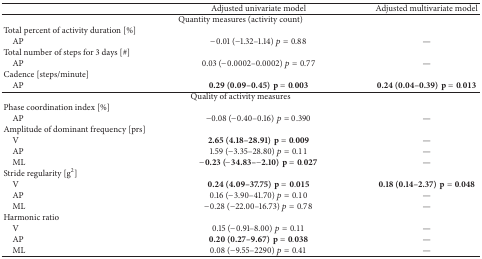
|  | Adjusted univariate model | Adjusted multivariate model |
 | --- | --- | --- |
 | <COLSPAN=3> Quantity measures (activity count) |
 | Total percent of activity duration [%] |  |  |
 | AP | −0.01 (−1.32–1.14) p = 0.88 | — |
 | Total number of steps for 3 days [#] |  |  |
 | AP | 0.03 (−0.0002–0.0002) p = 0.77 | — |
 | Cadence [steps/minute] |  |  |
 | AP | 0.29 (0.09–0.45)p = 0.003 | 0.24 (0.04–0.39)p = 0.013 |
 | <COLSPAN=3> Quality of activity measures |
 | Phase coordination index [%] |  |  |
 | AP | −0.08 (−0.40–0.16) p = 0.390 | — |
 | Amplitude of dominant frequency [prs] |  |  |
 | V | 2.65 (4.18–28.91)p = 0.009 | — |
 | AP | 1.59 (−3.35–28.80) p = 0.11 | — |
 | ML | −0.23 (−34.83–−2.10)p = 0.027 | — |
 | Stride regularity [g2] |  |  |
 | V | 0.24 (4.09–37.75)p = 0.015 | 0.18 (0.14–2.37)p = 0.048 |
 | AP | 0.16 (−3.90–41.70) p = 0.10 | — |
 | ML | −0.28 (−22.00–16.73) p = 0.78 | — |
 | Harmonic ratio |  |  |
 | V | 0.15 (−0.91–8.00) p = 0.11 | — |
 | AP | 0.20 (0.27–9.67)p = 0.038 | — |
 | ML | 0.08 (−9.55–2290) p = 0.41 | — |